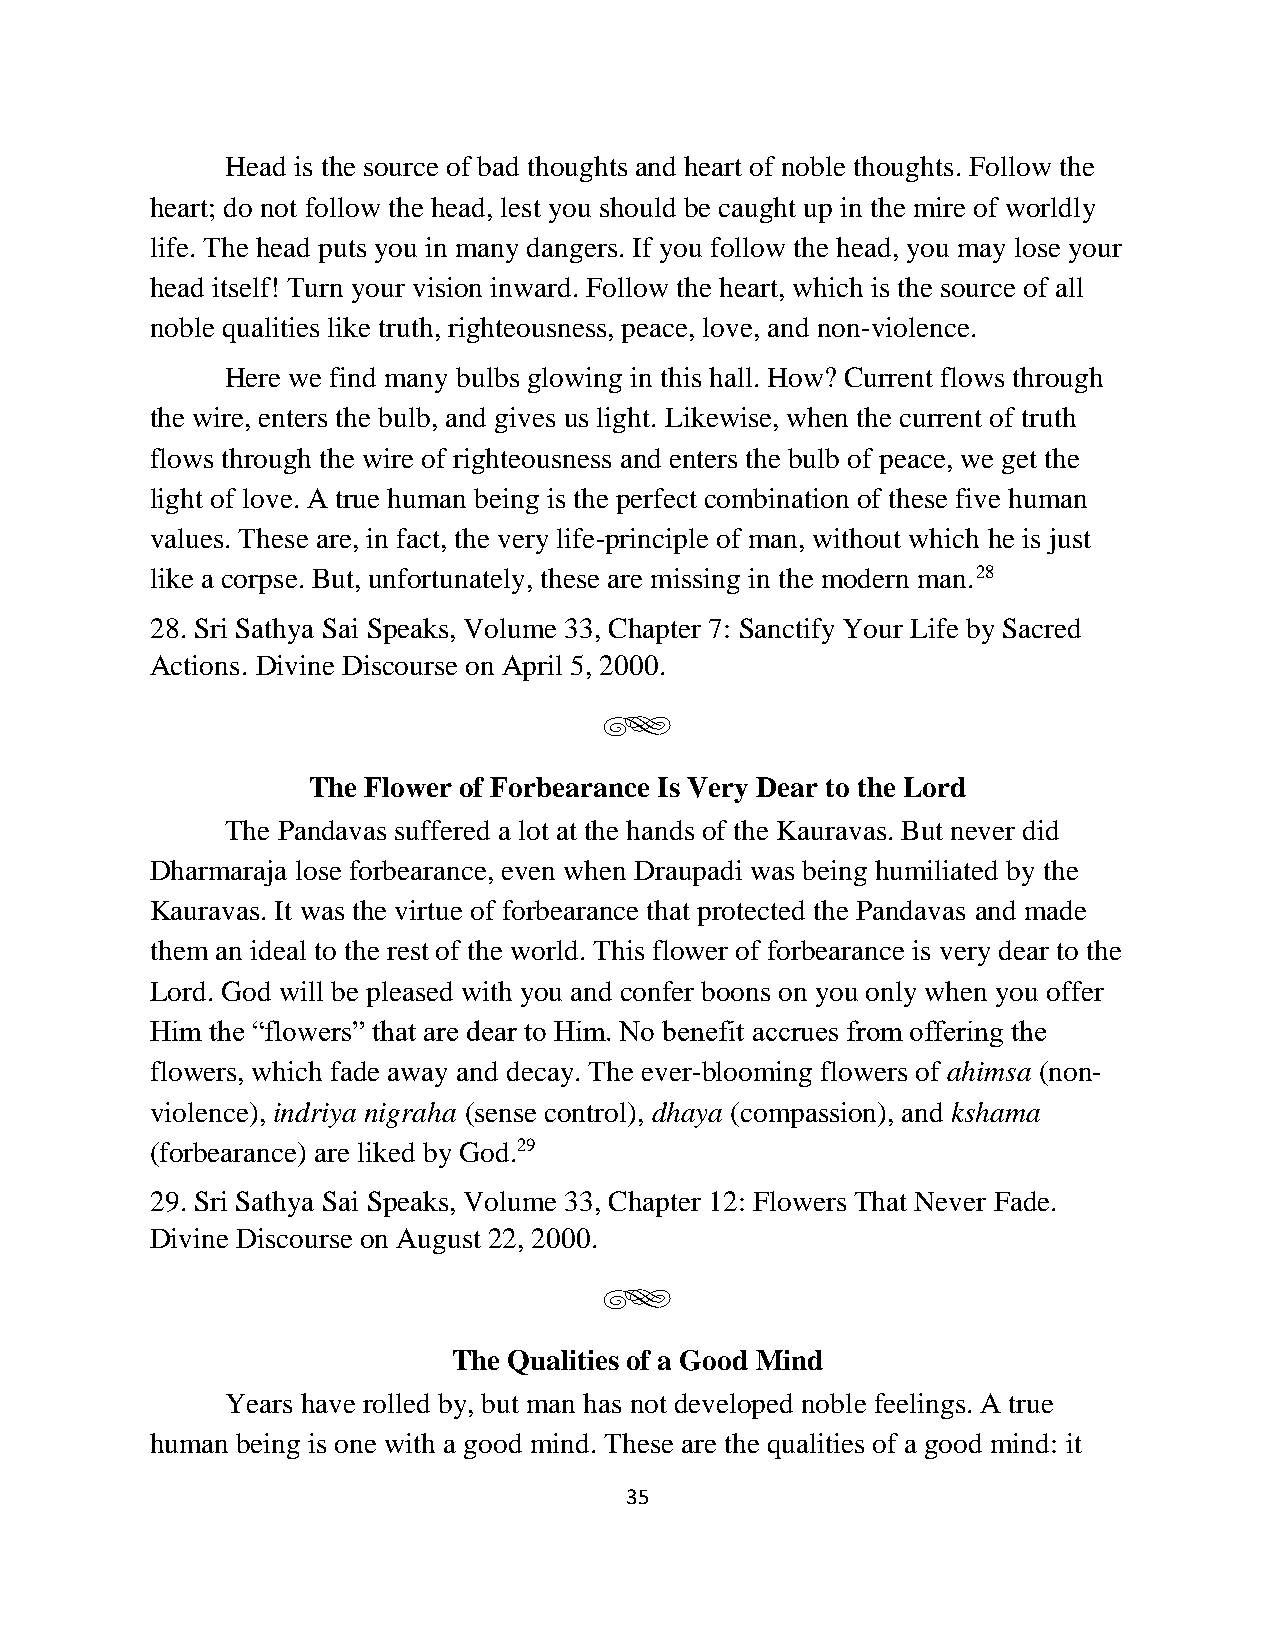
Head is the source of bad thoughts and heart of noble thoughts. Follow the
 heart; do not follow the head, lest you should be caught up in the mire of worldly
 life. The head puts you in many dangers. If you follow the head, you may lose your
 head itself! Turn your vision inward. Follow the heart, which is the source of all
 noble qualities like truth, righteousness, peace, love, and non-violence.
 Here we find many bulbs glowing in this hall. How? Current flows through
 the wire, enters the bulb, and gives us light. Likewise, when the current of truth
 flows through the wire of righteousness and enters the bulb of peace, we get the
 light of love. A true human being is the perfect combination of these five human
 values. These are, in fact, the very life-principle of man, without which he is just
 like a corpse. But, unfortunately, these are missing in the modern man.28
 28. Sri Sathya Sai Speaks, Volume 33, Chapter 7: Sanctify Your Life by Sacred
 Actions. Divine Discourse on April 5, 2000.
 g
 The Flower of Forbearance Is Very Dear to the Lord
 The Pandavas suffered a lot at the hands of the Kauravas. But never did
 Dharmaraja lose forbearance, even when Draupadi was being humiliated by the
 Kauravas. It was the virtue of forbearance that protected the Pandavas and made
 them an ideal to the rest of the world. This flower of forbearance is very dear to the
 Lord. God will be pleased with you and confer boons on you only when you offer
 Him the “flowers” that are dear to Him. No benefit accrues from offering the
 flowers, which fade away and decay. The ever-blooming flowers of ahimsa (non-
 violence), indriya nigraha (sense control), dhaya (compassion), and kshama
 (forbearance) are liked by God.29
 29. Sri Sathya Sai Speaks, Volume 33, Chapter 12: Flowers That Never Fade.
 Divine Discourse on August 22, 2000.
 g
 The Qualities of a Good Mind
 Years have rolled by, but man has not developed noble feelings. A true
 human being is one with a good mind. These are the qualities of a good mind: it
 35